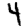
Digit: 4